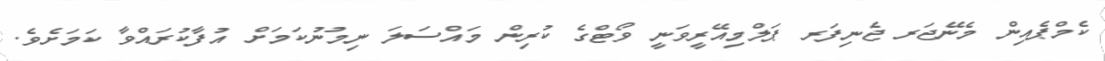
ކެމްޕެއިން މެނޭޖަރ ޖެނިފަރ ޕަލްމިއޭރީވަނީ ވޯޓްގެ ކުރިން މައްސަލަ ނިމުނުކަމަށް އުފާކުރައްވާ ކަމަށެވެ.